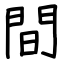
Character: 間